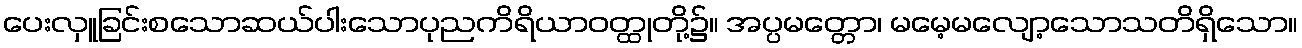
ပေးလှူခြင်းစသောဆယ်ပါးသောပုညကိရိယာဝတ္ထုတို့၌။ အပ္ပမတ္တော၊ မမေ့မလျော့သောသတိရှိသော။